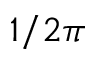
1 / 2 \pi